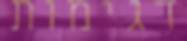
דגימות